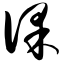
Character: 倮